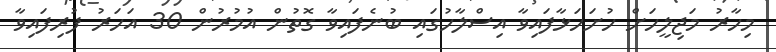
މިހާރު މަޖިލީހަށް ހުށަހަޅާފައިވާ އިސްލާހުގައި ބުނެފައިވާ ގޮތުން އުމުރުން 30 އަހަރު ފުރިފައިވާ